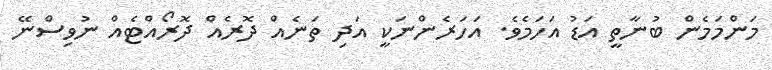
މަންމަމެން ބުނާތީ އަޑު އަހަމެވެ. އަހަރެންނަކީ އަދި ތަނެއް ދޮރެއް ދޮރޯއްޓެއް ނުވިސްނޭ